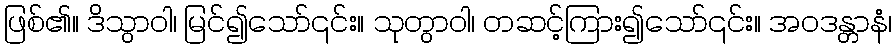
ဖြစ်၏။ ဒိသွာဝါ၊ မြင်၍သော်၎င်း။ သုတွာဝါ၊ တဆင့်ကြား၍သော်၎င်း။ အဝဒန္တာနံ၊